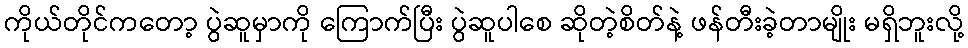
ကိုယ်တိုင်ကတော့ ပွဲဆူမှာကို ကြောက်ပြီး ပွဲဆူပါစေ ဆိုတဲ့စိတ်နဲ့ ဖန်တီးခဲ့တာမျိုး မရှိဘူးလို့